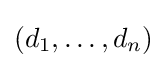
(d_{1},\dots ,d_{n})